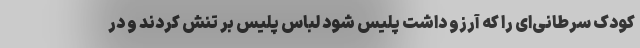
کودک سرطانی‌ای را که آرزو داشت پلیس شود لباس پلیس بر تنش کردند و در